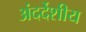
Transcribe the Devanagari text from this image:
अंदर्देशीय